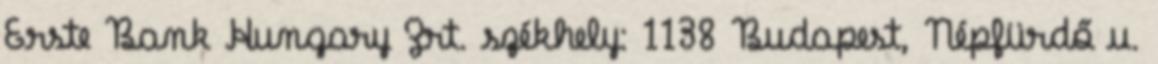
Erste Bank Hungary Zrt. székhely: 1138 Budapest, Népfürdő u.